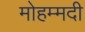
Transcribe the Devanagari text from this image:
मोहम्‍मदी